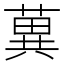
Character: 䔬